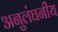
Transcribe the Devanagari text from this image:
अनुलंघनीय